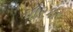
પારકર